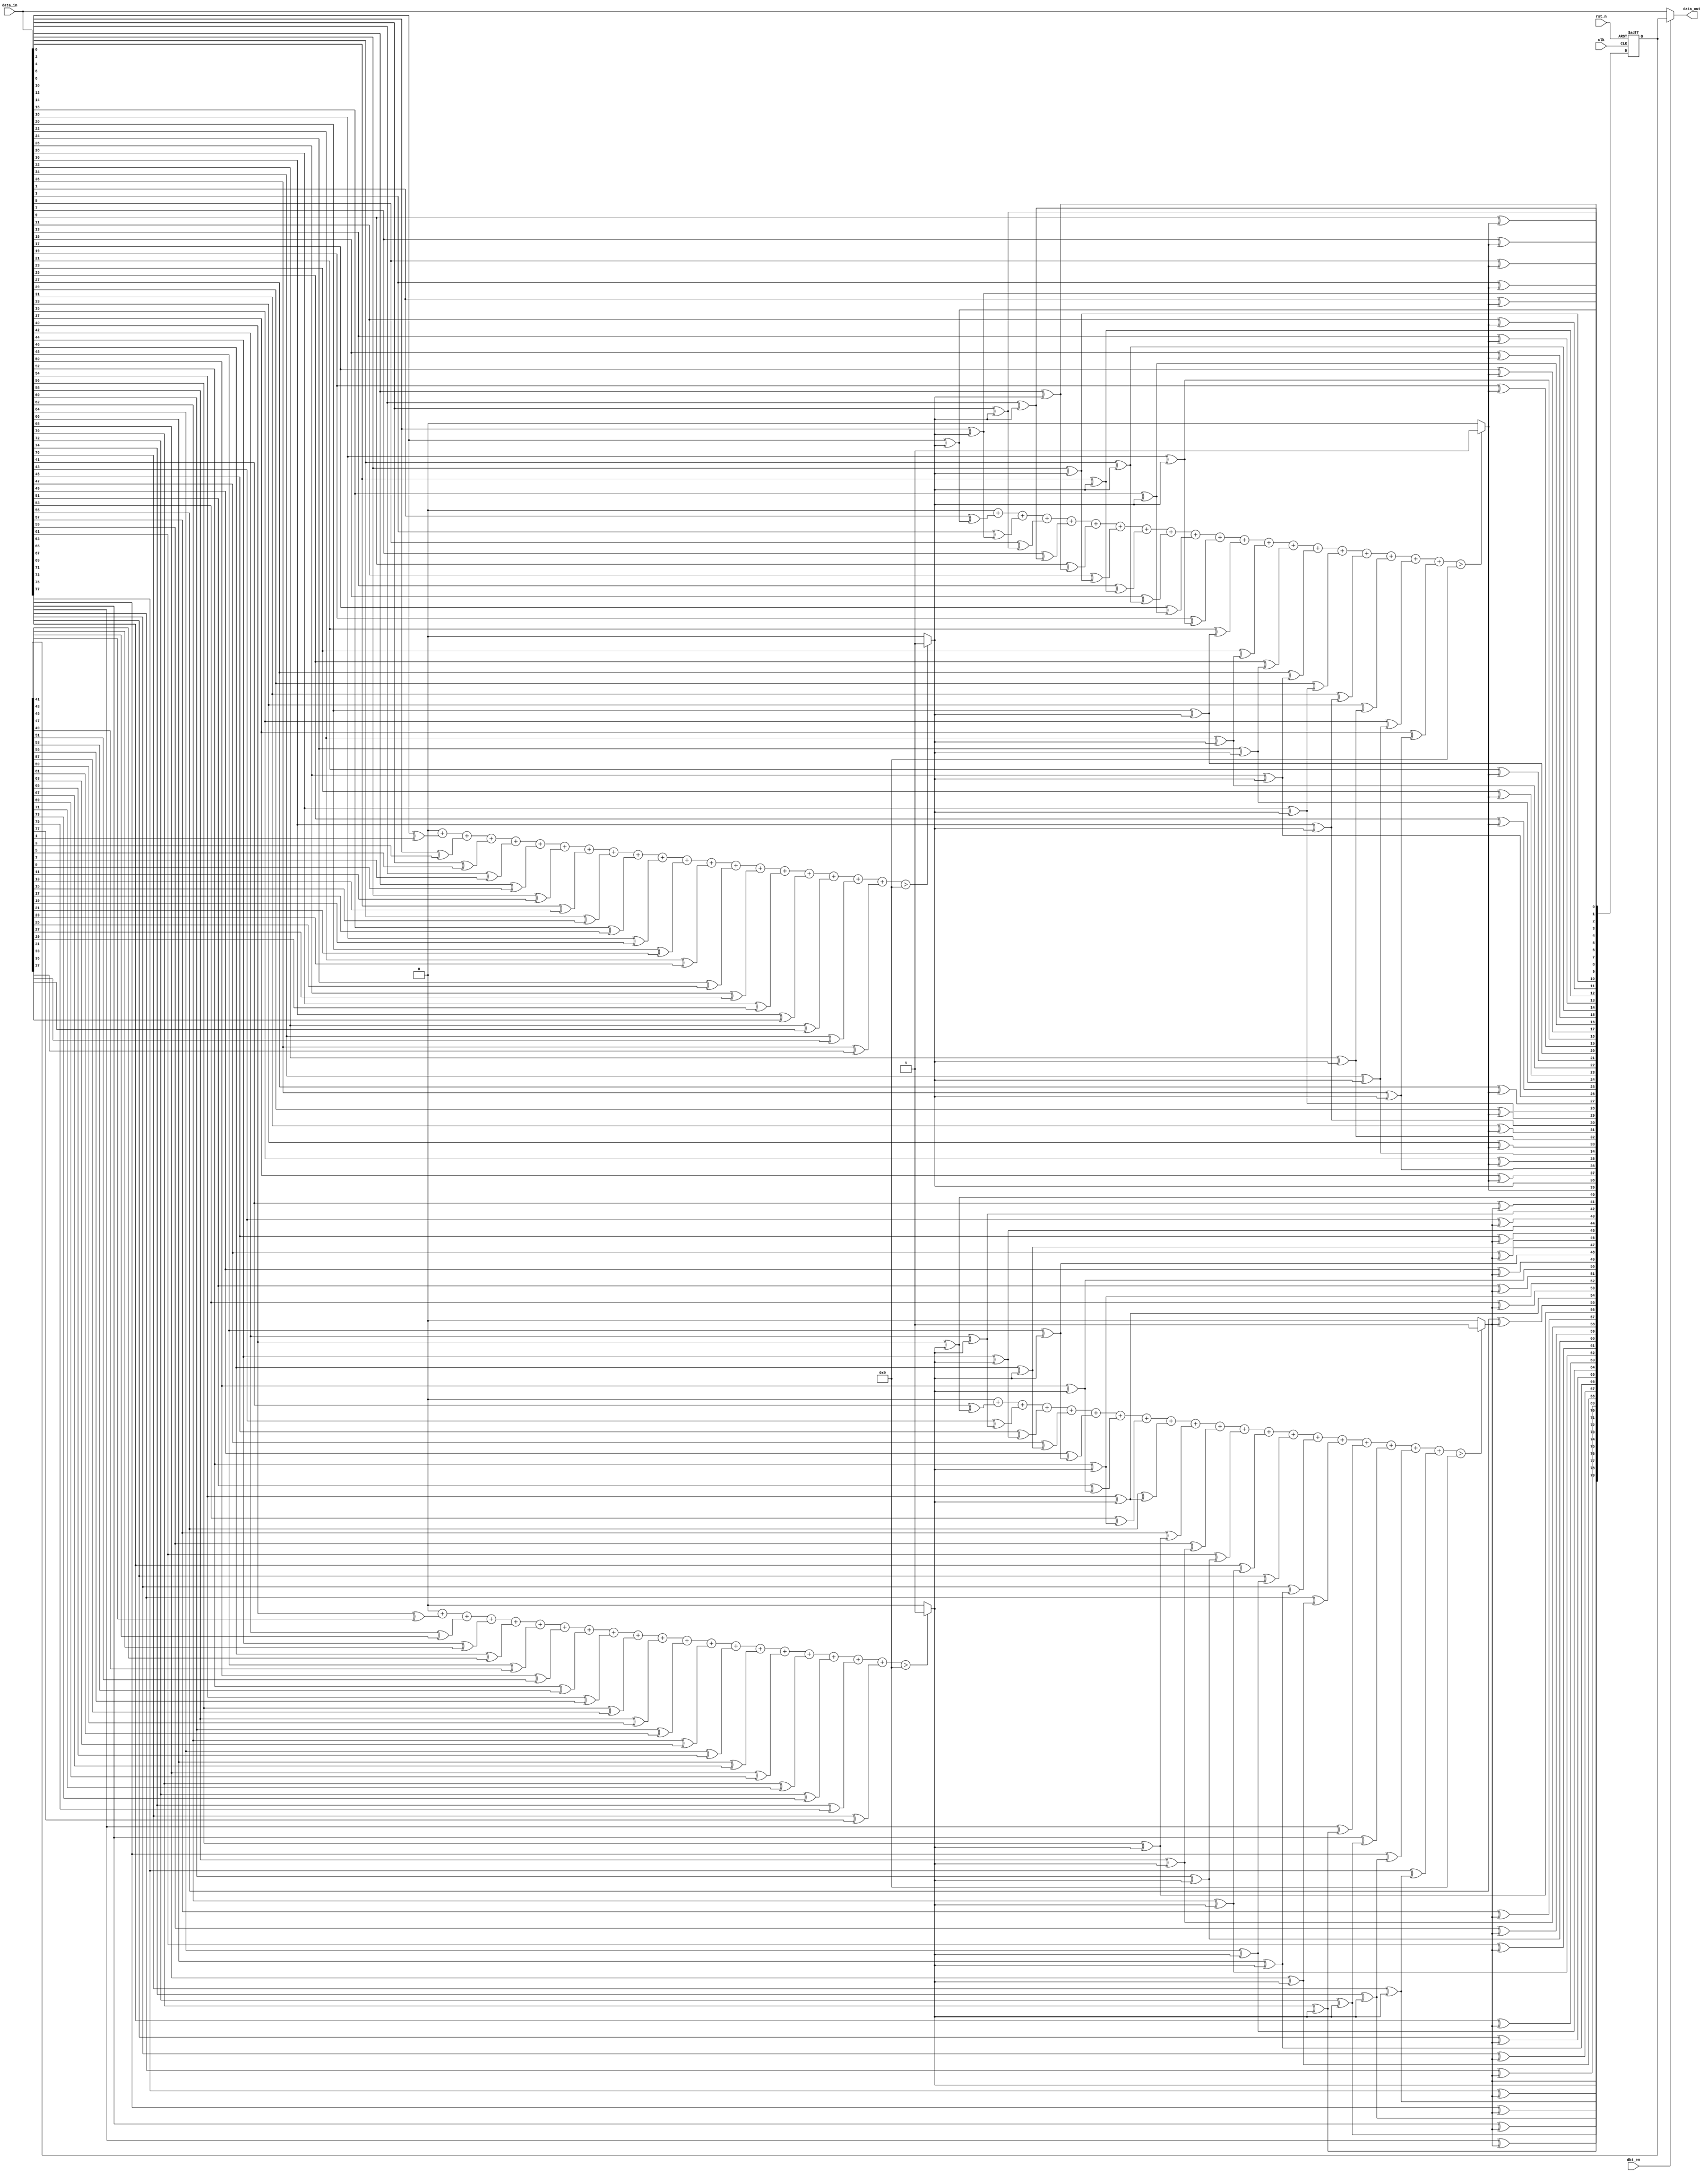
module aib_adapttxdbi_txdp (

   input  wire                  rst_n,
   input  wire                  clk,
   input  wire [79:0]		data_in,	
   input  wire                  dbi_en,		

   output wire [79:0]           data_out	 
   );

   wire [3:0]  dbi_calc;   //dbi_calc[1:0] takes DDR data pin TX[19], dbi_calc[3:2] takes DDR data pin TX[39]
   reg  [79:0] dbi_data_out, next_dbi_data_out;

   assign data_out = dbi_en? dbi_data_out : data_in;

   wire [39:0] idat0, idat1, data_out0, data_out1;
   wire [39:0] prev_dat0, prev_dat1; 
   wire [37:0] dbi_dat_lo, dbi_dat_hi;

   genvar i;
   generate
      for (i=0; i<40; i=i+1) begin:data_in_gen
         assign idat0[i] = data_in[2*i];              //Even data group 78, 76, 74 ..0;
         assign idat1[i] = data_in[2*i+1];            //Odd  data group 79, 77, 75 ..1;

         assign prev_dat0[i] = next_dbi_data_out[2*i];  //Prev Even data group. Used for get dbi[1] and dib[3] calculation
         assign prev_dat1[i] = dbi_data_out[2*i+1];     //Prev Odd  data group. Used for get dbi[0] and dib[2] calculation
      end
   endgenerate

   assign dbi_calc = {dbi_value(idat1[38:20], prev_dat0[38:20]), dbi_value(idat0[38:20], prev_dat1[38:20]),
                      dbi_value(idat1[18:0],  prev_dat0[18:0]),  dbi_value(idat0[18:0],  prev_dat1[18:0])};
   genvar j;
   generate
   for (j=0; j<19; j=j+1) begin:data_out_gen
      assign dbi_dat_lo[2*j]   = idat0[j]^dbi_calc[0];
      assign dbi_dat_lo[2*j+1] = idat1[j]^dbi_calc[1];
      assign dbi_dat_hi[2*j]   = idat0[j+20]^dbi_calc[2];
      assign dbi_dat_hi[2*j+1] = idat1[j+20]^dbi_calc[3];
   end
   endgenerate

   assign next_dbi_data_out = {dbi_calc[3:2], dbi_dat_hi,
                               dbi_calc[1:0], dbi_dat_lo};
   always @(posedge clk or negedge rst_n)
   begin
    if (!rst_n)
     begin
      dbi_data_out <= 80'h0;
     end
    else
      dbi_data_out <= next_dbi_data_out;
   end

   function  dbi_value (
      input [18:0] cur_d,                 
      input [18:0] prv_d); 
      integer          i;
      reg [4:0] tmp;
      reg [18:0] dbi_bit;

      tmp = 5'd0;
      for (i=0; i<19; i=i+1) begin
         dbi_bit[i] = cur_d[i] ^ prv_d[i]; 
         tmp = tmp + dbi_bit[i];
      end
      dbi_value = (tmp > 9) ? 1 : 0;

   endfunction


endmodule